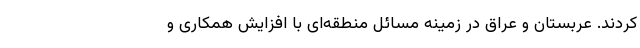
کردند. عربستان و عراق در زمینه مسائل منطقه‌ای با افزایش همکاری و